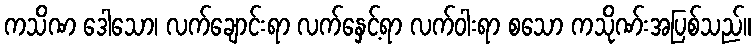
ကသိဏ ဒေါသော၊ လက်ချောင်းရာ လက်နှေင့်ရာ လက်ဝါးရာ စသော ကသိုဏ်းအပြစ်သည်။